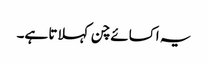
یہ اکسائے چن کہلاتا ہے۔